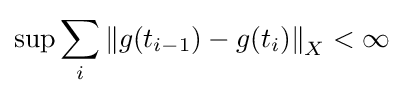
\sup \sum _{i}{\|g(t_{i-1})-g(t_{i})\|}_{X}<\infty